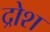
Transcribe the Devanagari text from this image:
द्रोश